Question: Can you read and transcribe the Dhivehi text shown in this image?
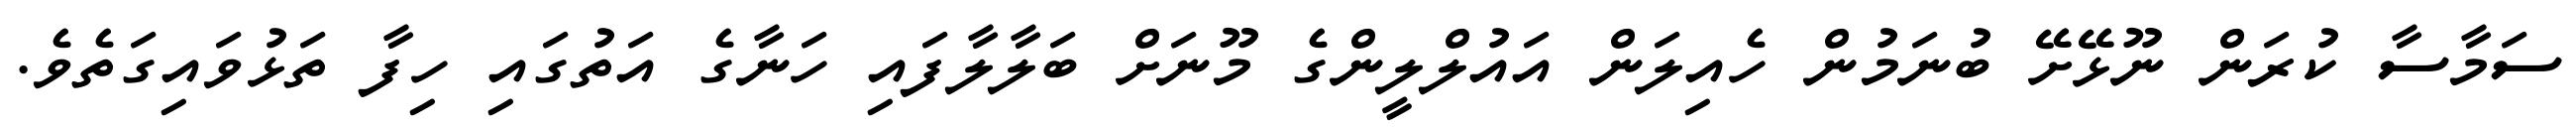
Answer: ސަމާސާ ކުރަން ނޫޅޭށޭ ބުނަމުން ހެއިލަން އައުލްލީންގެ މޫނަށް ބަލާލާފައި ހަނާގެ އަތުގައި ހިފާ ތަޅުވައިގަތެވެ.